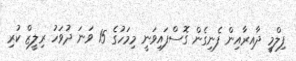
ފިލްމީ ދާއިރާއިން ފެނިގެން ގޮސްފައިވަނީ މިމަހުގެ 15 ވަނަ ދުވަހު ރިލީޒް ކުރި